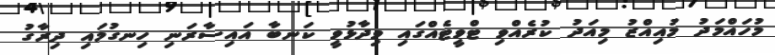
މުހައްމަދު މުއިއްޒު މިއަދު ކުރެއްވި ޓްވީޓެއްގައި ވިދާޅުވީ ކަނބާ އައިސާރަނި ހިނގުމައި ދިރާގު